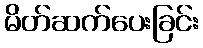
မိတ်ဆက်ပေးခြင်း